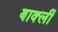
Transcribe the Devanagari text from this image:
बार्क्ली